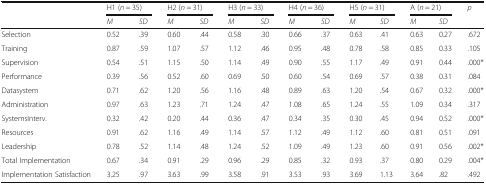
<table><thead><tr><td rowspan="2"></td><td colspan="2"><b>H1 (<i>n</i> = 35)</b></td><td colspan="2"><b>H2 (<i>n</i> = 31)</b></td><td colspan="2"><b>H3 (<i>n</i> = 33)</b></td><td colspan="2"><b>H4 (<i>n</i> = 36)</b></td><td colspan="2"><b>H5 (<i>n</i> = 31)</b></td><td colspan="2"><b>A (<i>n</i> = 21)</b></td><td rowspan="2"><b><i>p</i></b></td></tr><tr><td><b><i>M</i></b></td><td><b><i>SD</i></b></td><td><b><i>M</i></b></td><td><b><i>SD</i></b></td><td><b><i>M</i></b></td><td><b><i>SD</i></b></td><td><b><i>M</i></b></td><td><b><i>SD</i></b></td><td><b><i>M</i></b></td><td><b><i>SD</i></b></td><td><b><i>M</i></b></td><td><b><i>SD</i></b></td></tr></thead><tbody><tr><td>Selection</td><td>0.52</td><td>.39</td><td>0.60</td><td>.44</td><td>0.58</td><td>.30</td><td>0.66</td><td>.37</td><td>0.63</td><td>.41</td><td>0.63</td><td>0.27</td><td>.672</td></tr><tr><td>Training</td><td>0.87</td><td>.59</td><td>1.07</td><td>.57</td><td>1.12</td><td>.46</td><td>0.95</td><td>.48</td><td>0.78</td><td>.58</td><td>0.85</td><td>0.33</td><td>.105</td></tr><tr><td>Supervision</td><td>0.54</td><td>.51</td><td>1.15</td><td>.50</td><td>1.14</td><td>.49</td><td>0.90</td><td>.55</td><td>1.17</td><td>.49</td><td>0.91</td><td>0.44</td><td>.000*</td></tr><tr><td>Performance</td><td>0.39</td><td>.56</td><td>0.52</td><td>.60</td><td>0.69</td><td>.50</td><td>0.60</td><td>.54</td><td>0.69</td><td>.57</td><td>0.38</td><td>0.31</td><td>.084</td></tr><tr><td>Datasystem</td><td>0.71</td><td>.62</td><td>1.20</td><td>.56</td><td>1.16</td><td>.48</td><td>0.89</td><td>.63</td><td>1.20</td><td>.54</td><td>0.67</td><td>0.32</td><td>.000*</td></tr><tr><td>Administration</td><td>0.97</td><td>.63</td><td>1.23</td><td>.71</td><td>1.24</td><td>.47</td><td>1.08</td><td>.65</td><td>1.24</td><td>.55</td><td>1.09</td><td>0.34</td><td>.317</td></tr><tr><td>SystemsInterv.</td><td>0.32</td><td>.42</td><td>0.20</td><td>.44</td><td>0.36</td><td>.47</td><td>0.34</td><td>.35</td><td>0.30</td><td>.45</td><td>0.94</td><td>0.52</td><td>.000*</td></tr><tr><td>Resources</td><td>0.91</td><td>.62</td><td>1.16</td><td>.49</td><td>1.14</td><td>.57</td><td>1.12</td><td>.49</td><td>1.12</td><td>.60</td><td>0.81</td><td>0.51</td><td>.091</td></tr><tr><td>Leadership</td><td>0.78</td><td>.52</td><td>1.14</td><td>.48</td><td>1.24</td><td>.52</td><td>1.09</td><td>.49</td><td>1.23</td><td>.60</td><td>0.91</td><td>0.56</td><td>.002*</td></tr><tr><td>Total Implementation</td><td>0.67</td><td>.34</td><td>0.91</td><td>.29</td><td>0.96</td><td>.29</td><td>0.85</td><td>.32</td><td>0.93</td><td>.37</td><td>0.80</td><td>0.29</td><td>.004*</td></tr><tr><td>Implementation Satisfaction</td><td>3.25</td><td>.97</td><td>3.63</td><td>.99</td><td>3.58</td><td>.91</td><td>3.53</td><td>.93</td><td>3.69</td><td>1.13</td><td>3.64</td><td>.82</td><td>.492</td></tr></tbody></table>